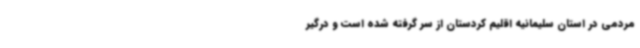
مردمی در استان سلیمانیه اقلیم کردستان از سر گرفته شده است و درگیر